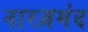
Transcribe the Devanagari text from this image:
नारज़मंद